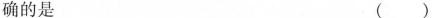
确的是 ()